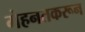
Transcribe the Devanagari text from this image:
मेहनतकरून